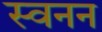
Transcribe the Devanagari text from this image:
स्वनन